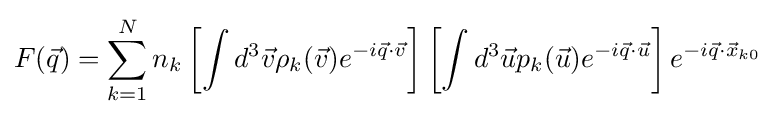
F({\vec {q}})=\sum _{k=1}^{N}n_{k}\left[\int d^{3}{\vec {v}}\rho _{k}({\vec {v}})e^{-i{\vec {q}}\cdot {\vec {v}}}\right]\left[\int d^{3}{\vec {u}}p_{k}({\vec {u}})e^{-i{\vec {q}}\cdot {\vec {u}}}\right]e^{-i{\vec {q}}\cdot {\vec {x}}_{k0}}